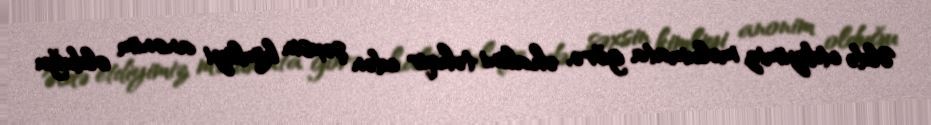
Əldə etdiyimiz məlumata görə, əhalini təhqir edən şəxsin kimliyi anonim olduğu